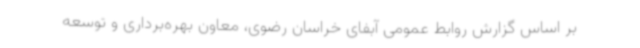
بر اساس گزارش روابط عمومی آبفای خراسان رضوی، معاون بهره‌برداری و توسعه